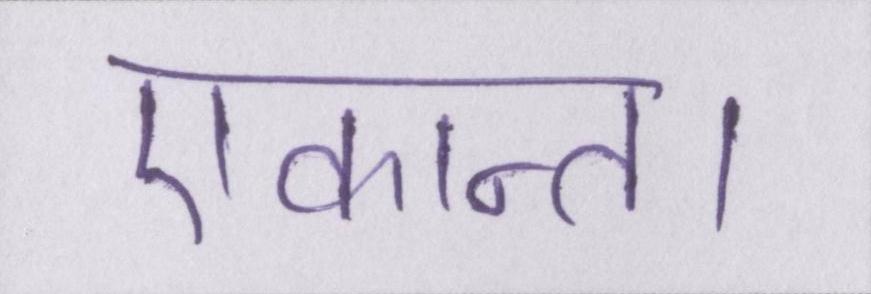
एकान्त।